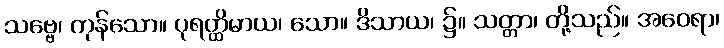
သဗ္ဗေ၊ ကုန်သော။ ပုရတ္ထိမာယ၊ သော။ ဒိသာယ၊ ၌။ သတ္တာ၊ တို့သည်။ အဝေရာ၊